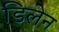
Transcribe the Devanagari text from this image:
डिलेन